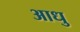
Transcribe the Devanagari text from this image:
आधु